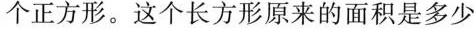
个正方形。这个长方形原来的面积是多少